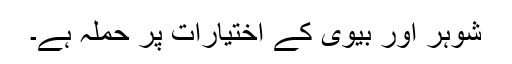
شوہر اور بیوی کے اختیارات پر حملہ ہے۔